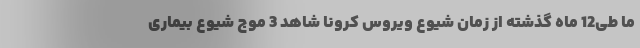
ما طی12 ماه گذشته از زمان شیوع ویروس کرونا شاهد 3 موج شیوع بیماری